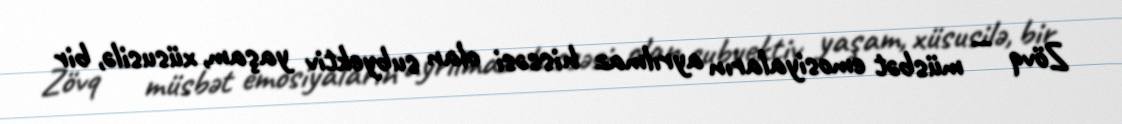
Zövq — müsbət emosiyaların ayrılmaz hissəsi olan subyektiv yaşam, xüsusilə, bir